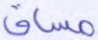
مساق